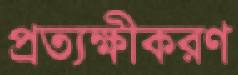
প্রত্যক্ষীকরণ